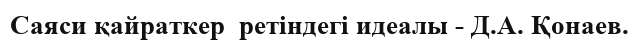
Саяси қайраткер  ретіндегі идеалы - Д.А. Қонаев.